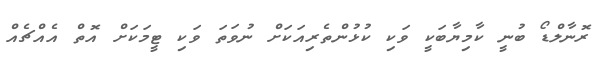
ރޮނާލްޑޯ ބުނީ ކާމިޔާބަކީ ވަކި ކުޅުންތެރިއަކަށް ނުވަތަ ވަކި ޓީމަކަށް އޮތް އެއްޗެއް